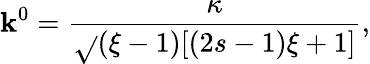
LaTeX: \mathbf{k}^{0}=\frac{{\kappa}}{{\sqrt{}{{(\xi-1)[(2s-1)\xi+1]}}}},